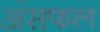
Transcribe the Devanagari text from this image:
अंसफल